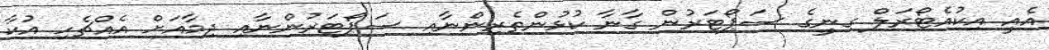
އެއީ އިކުއެޓޯރަލް ގިނީގެ ސަޕޯޓަރުން ގާނާ ކުޅުންތެރިންނާއި ސަޕޯޓަރުންނާއި ދިމާއަށް އެއްޗެހި އުކާ